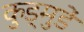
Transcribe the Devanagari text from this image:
कुड्मुडें